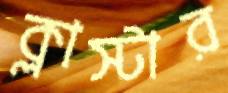
ক্লাস্টার